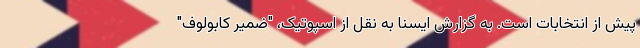
پیش از انتخابات است. به گزارش ایسنا به نقل از اسپوتیک، "ضمیر کابولوف"